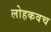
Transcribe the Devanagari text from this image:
लोहकवच